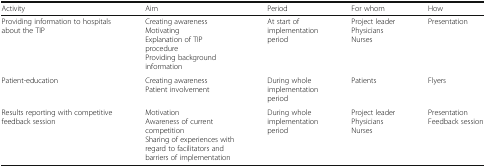
| Activity | Aim | Period | For whom | How |
 | --- | --- | --- | --- | --- |
 | Providing information to hospitals about the TIP | Creating awarenessMotivatingExplanation of TIP procedureProviding background information | At start of implementation period | Project leader Physicians Nurses | Presentation |
 | Patient-education | Creating awarenessPatient involvement | During whole implementation period | Patients | Flyers |
 | Results reporting with competitive feedback session | MotivationAwareness of currentcompetitionSharing of experiences with regard to facilitators and barriers of implementation | During whole implementation period | Project leaderPhysicians Nurses | PresentationFeedback session |